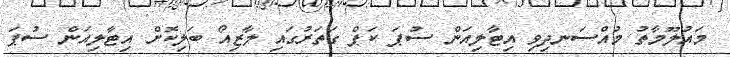
މައުލޫމާތު މުއްސަނދިވި އިޓާލިއަން ސުޕަ ކަޕް ގަތަރުގައި ލާޒިއޯ ބަލިކޮށް އިޓާލިއަން ސުޕަ